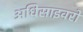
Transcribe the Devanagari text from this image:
अधिसाइवरों